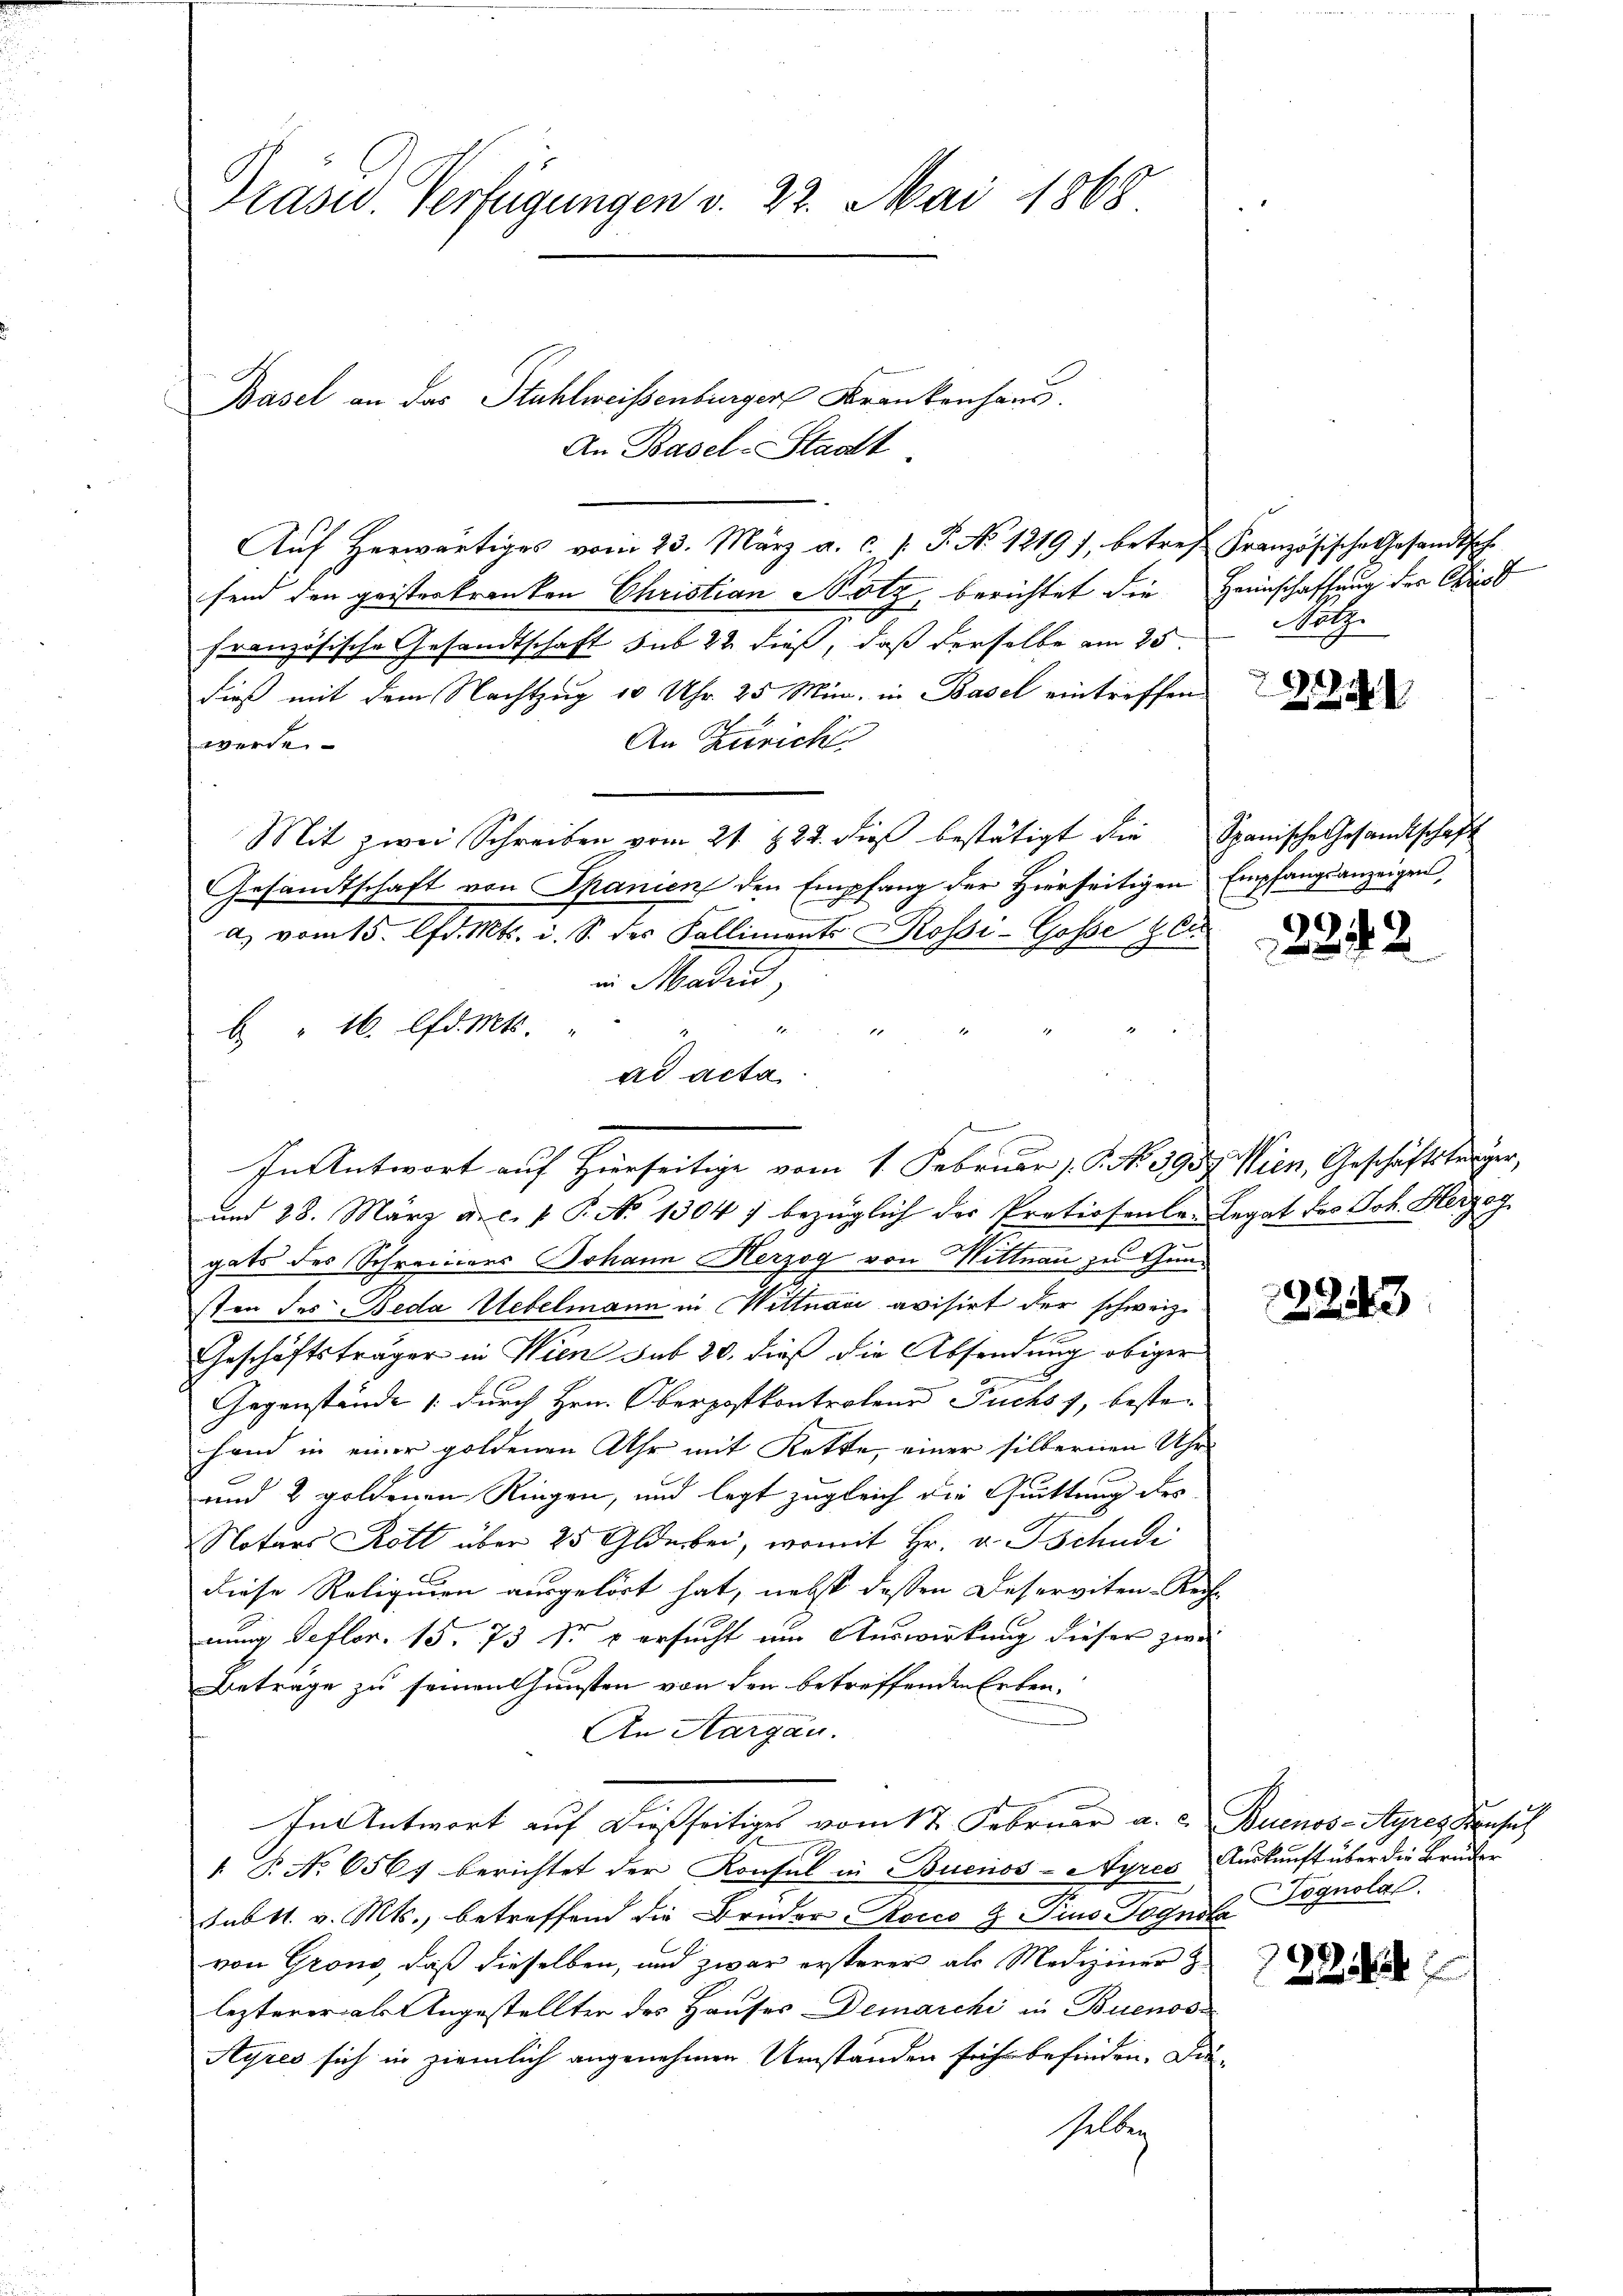
Präsid. Verfügungen v. 22. Mai 1868

Basel an das Stuhlweissenbürger Krankenhaus.

Aŭf herwärtiges vom 23. März a. c. /: P. No 1219), betref Französische Gesandtsch
fend den geisterkranken Christian Hotz, berichtet die Heimschaffung der Cris
französische Gesandtschaft sub 22 dieß, daß derselbe am 25.
dieß mit dem Nachtzug 10 Uhr 25 Min. in Basel eintreffen
An Zürich
e
Mit zwei Schreiben vom 21. 822. dieß bestätigt die Spanische Gesandtschaft
Gesandtschaft von Spanien den Empfang der Hierseitigen Empfangsanzeigen,
a) vom 15. d. Mts. i. S. des Kalliments Rossi-Gosse ger
in Maden
e
" 16. lfd. Mts.
ad acta.
gats des Schreiners Johann Herzog von Hittnau zu Gunsten des Beda Uebelmann in Wittnau avisirt der schweiz.
Geschäftsträger in Wien sub 20. dieß die Absendung obiger
Gegenstände 1. durch Hrn. Oberpostkontroleur Fuchs, beste¬
Hand in einer goldenen Uhr mit Kette, einer silbernen Uhr-
und 2 goldenen Ringen, und legt zugleich die Quittung des
Notars Rott über 25 Glde bei, womit Hr. v. Tschudi
diese Reliquien ausgehört hat, nebst dessen Deserviten-Rech-
nung defler. 15. 73 Sr & ersucht um Auswirkung dieser zwe
Beträge zu seinen Gunsten von den betreffenden Erben¬
An Aargau.
In Antwort auf dießseitiges vom 17. Februar a. c. Buenos-Ayres Pensich
 P. No 6567 berichtet der Konsul in Buenos-Ayres Auskunft über die Bruder
sabtt. v. Mts., betreffend die Bruder Rocco  Pino Jognola
von Gron, daß dieselben, und zwar ersterer als Mediziner
lezterer als Angestellter des Hauses Demarchi in Buenos¬
Ayres sich in ziemlich angenehmen Umstanden führ befinden. Dieselben

An Basel-Stadt

In Antwort auf Hierseitige vom 1. Februar 1. No 3957. Wien, Geschäftsberger,
und 28. März a.c. v. P. No 1304) bezüglich der Pretiosenten Legat des Joh. Herzog

u
ütz.

22124

2242

2243

Tognola.

2254